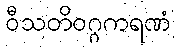
ဝီသတိဝဂ္ဂကရဏံ